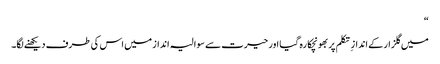
“
میں گلزار کے انداز ِ تکلم پر بھونچکا رہ گیا اور حیرت سے سوالیہ انداز میں اس کی طرف دیکھنے لگا۔